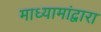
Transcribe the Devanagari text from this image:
माध्यामांद्वारा